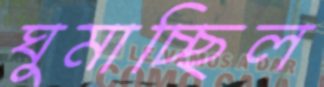
ঘুমাচ্ছিল